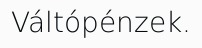
Váltópénzek.